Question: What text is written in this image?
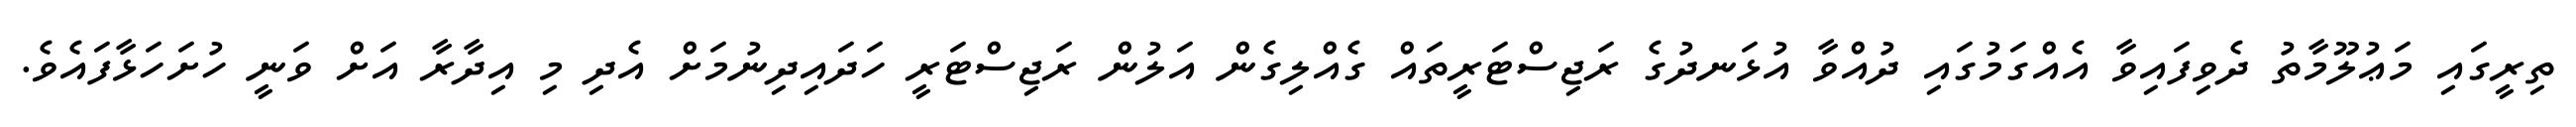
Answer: ތިރީގައި މަޢުލޫމާތު ދެވިފައިވާ އެއްގަމުގައި ދުއްވާ އުޅަނދުގެ ރަޖިސްޓަރީތައް ގެއްލިގެން އަލުން ރަޖިސްޓަރީ ހަދައިދިނުމަށް އެދި މި އިދާރާ އަށް ވަނީ ހުށަހަޅާފައެވެ.